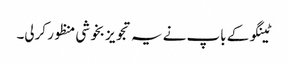
ٹینگو کے باپ نے یہ تجویز بخوشی منظور کرلی۔